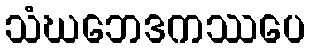
သံဃဘေဒကဿပေ